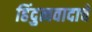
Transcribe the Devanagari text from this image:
हिंदुत्ववादाचे